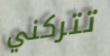
تتركني